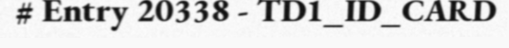
# Entry 20338 - TD1_ID_CARD